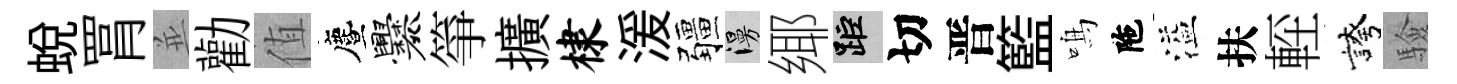
蛻罥並勸值󵨌爨箏擴棣湲疆漫鄊距切晋籃鳴陁溢扶䡖誇驗